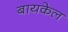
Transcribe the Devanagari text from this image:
बायकेल